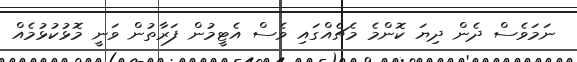
ނަމަވެސް ދެން ދިޔަ ކޮންމެ މެޗެއްގައި ވެސް އެޓީމުން ފަރާތުން ވަނީ މޮޅުކުޅުމެއް